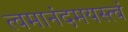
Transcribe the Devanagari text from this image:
त्वमानंदमयस्त्वं